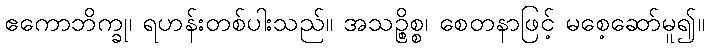
ဧကောဘိက္ခု၊ ရဟန်းတစ်ပါးသည်။ အသဉ္စိစ္စ၊ စေတနာဖြင့် မစေ့ဆော်မူ၍။